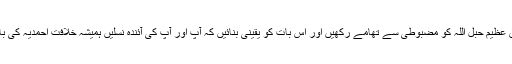
میں آپ کو نصیحت کرتا ہوں کہ ہمیشہ اس عظیم حبل اللہ کو مضبوطی سے تھامے رکھیں اور اس بات کو یقینی بنائیں کہ آپ اور آپ کی آئندہ نسلیں ہمیشہ خلافت احمدیہ کی بابرکت رہ نمائی، پناہ اورحفاظت میں رہیں۔